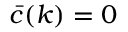
\bar { c } ( k ) = 0